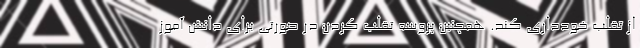
از تقلب خودداری کند. همچنین پروسه تقلب کردن در صورتی برای دانش آموز